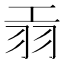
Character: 𦏺